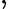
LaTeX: \mathrm{,}